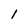
Character: 1